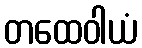
တထေဝါယံ